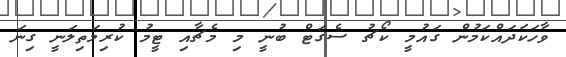
ވާހަކަދައްކަމުން ގައުމީ ކޯޗު ސެގަޓް ބުނީ މި މެޗާއި ޓީމު ކުރިމަތިލަނީ ގިނަ